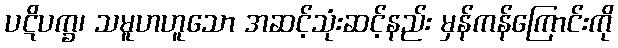
ပဋိပက္ခ၊ သမူဟဟူသော အဆင့်သုံးဆင့်နည်း မှန်ကန်ကြောင်းကို